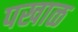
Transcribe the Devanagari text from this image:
पखाळ